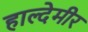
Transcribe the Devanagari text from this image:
हाल्देमीर